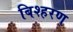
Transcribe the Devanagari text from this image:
बिश्हरण